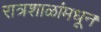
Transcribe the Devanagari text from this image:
रात्रशाळांमधून